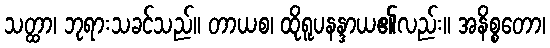
သတ္ထာ၊ ဘုရားသခင်သည်။ တာယစ၊ ထိုရူပနန္ဒာယ၏လည်း။ အနိစ္စတော၊